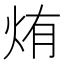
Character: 烠